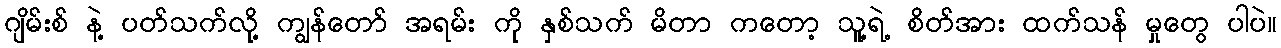
ဂျိမ်းစ် နဲ့ ပတ်သက်လု့ိ ကျွန်တော် အရမ်း ကို နှစ်သက် မိတာ ကတော့ သူ့ရဲ့ စိတ်အား ထက်သန် မှုတွေ ပါပဲ။